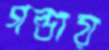
গন্ডায়